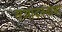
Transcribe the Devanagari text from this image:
सआदतनामा